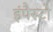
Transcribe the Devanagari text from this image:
इंपैस्टो